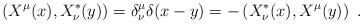
LaTeX: \begin{align*}\left(X^\mu(x) ,X^*_\nu(y) \right)=\delta ^\mu _\nu\delta (x-y)=-\left(X^*_\nu(x) ,X^\mu(y) \right)\ .\end{align*}